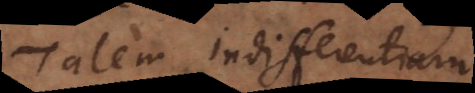
Talem indifferentiam